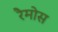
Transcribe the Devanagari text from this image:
रैमोस